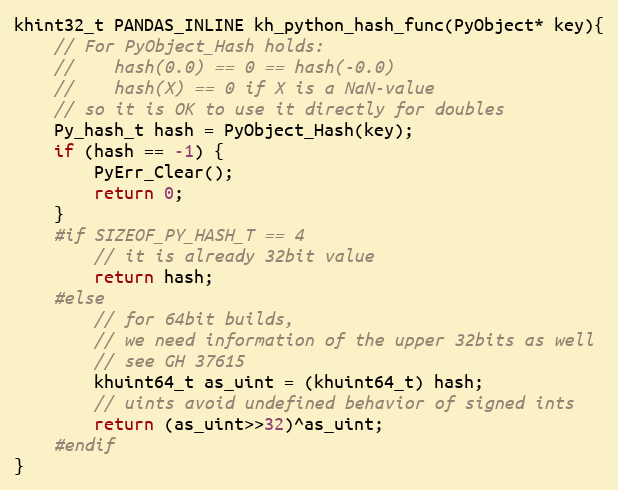
Language: C
khint32_t PANDAS_INLINE kh_python_hash_func(PyObject* key){
    // For PyObject_Hash holds:
    //    hash(0.0) == 0 == hash(-0.0)
    //    hash(X) == 0 if X is a NaN-value
    // so it is OK to use it directly for doubles
    Py_hash_t hash = PyObject_Hash(key);
	if (hash == -1) {
		PyErr_Clear();
		return 0;
	}
    #if SIZEOF_PY_HASH_T == 4
        // it is already 32bit value
        return hash;
    #else
        // for 64bit builds,
        // we need information of the upper 32bits as well
        // see GH 37615
        khuint64_t as_uint = (khuint64_t) hash;
        // uints avoid undefined behavior of signed ints
        return (as_uint>>32)^as_uint;
    #endif
}